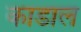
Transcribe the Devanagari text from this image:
काडाल